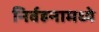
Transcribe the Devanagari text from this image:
निर्वहनामध्ये